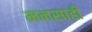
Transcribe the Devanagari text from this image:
मनसाही